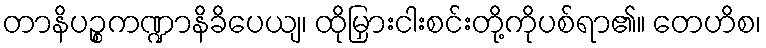
တာနိပဉ္စကဏ္ဍာနိခိပေယျ၊ ထိုမြှားငါးစင်းတို့ကိုပစ်ရာ၏။ တေဟိစ၊